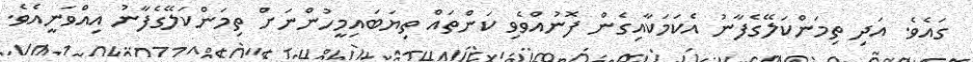
ގައެވެ. އަދި ތިމަންކަލޭގެފާނު އެކަމަކާއިގެން ފޮނުއްވެވި ކަންތައް ތިޔަބައިމީހުންނަށް ތިމަންކަލޭގެފާނު އިއްވަނީއެވެ.